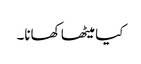
کیا میٹھا کھانا۔